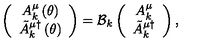
\left( \begin{array} { c } { A _ { k } ^ { \mu } \left( \theta \right) } \\ { \tilde { A } _ { k } ^ { \mu \dagger } \left( \theta \right) } \\ \end{array} \right) = { \cal B } _ { k } \left( \begin{array} { c } { A _ { k } ^ { \mu } } \\ { \tilde { A } _ { k } ^ { \mu \dagger } } \\ \end{array} \right) ,